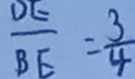
\frac { D E } { B E } = \frac { 3 } { 4 }